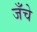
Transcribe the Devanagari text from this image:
जँचे